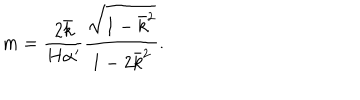
LaTeX: m = \frac { 2 \bar { k } } { H \alpha ^ { \prime } } \frac { \sqrt { 1 - \bar { k } ^ { 2 } } } { 1 - 2 \bar { k } ^ { 2 } } .